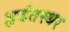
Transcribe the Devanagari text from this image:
हृदंतस्थर